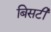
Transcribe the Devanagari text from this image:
बिसटी